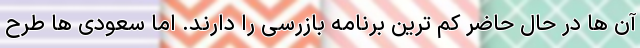
آن ها در حال حاضر کم ترین برنامه بازرسی را دارند. اما سعودی ها طرح